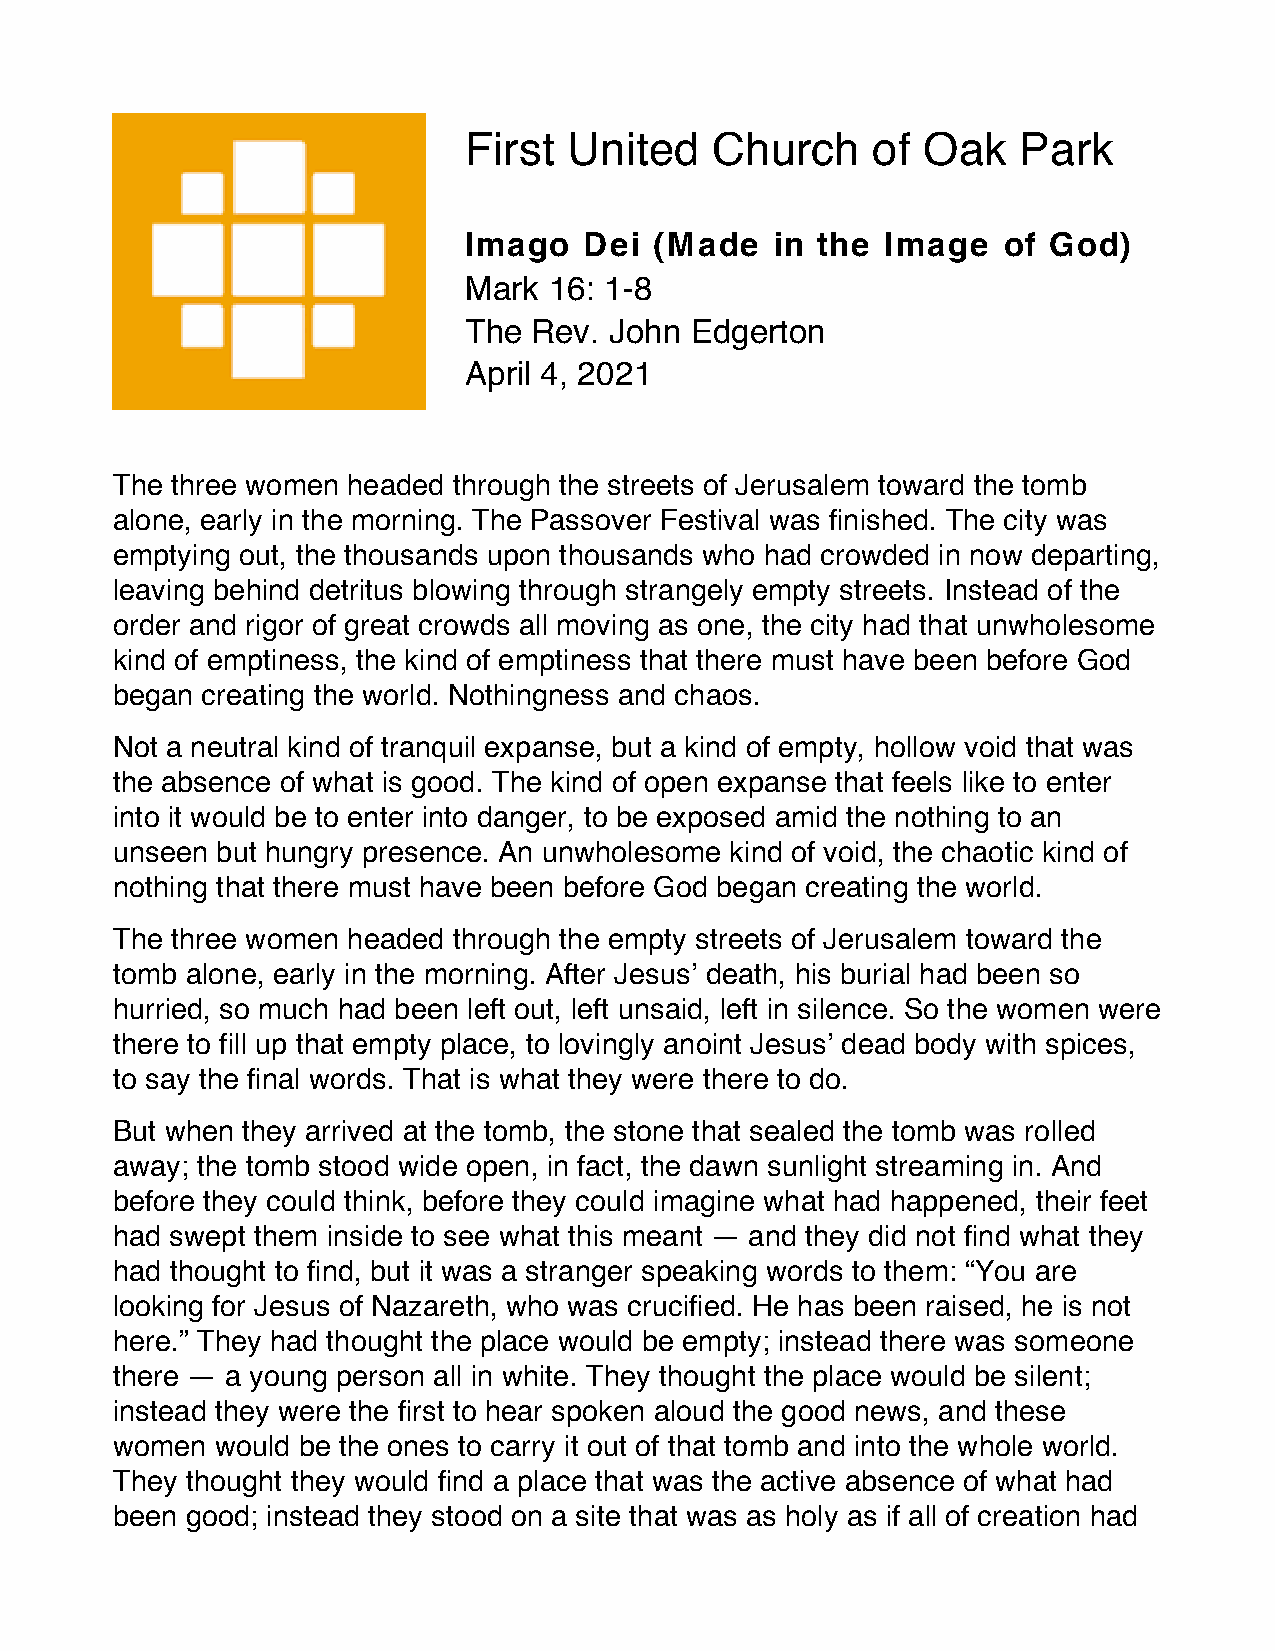
First  United   Church     of Oak    Park
 Imago   Dei (Made   in the  Image  of God)
 Mark 16: 1-8
 The Rev. John  Edgerton
 April 4, 2021
 The three women headed through the streets of Jerusalem toward the tomb
 alone, early in the morning. The Passover Festival was finished. The city was
 emptying out, the thousands upon thousands who had crowded in now departing,
 leaving behind detritus blowing through strangely empty streets. Instead of the
 order and rigor of great crowds all moving as one, the city had that unwholesome
 kind of emptiness, the kind of emptiness that there must have been before God
 began creating the world. Nothingness and chaos.
 Not a neutral kind of tranquil expanse, but a kind of empty, hollow void that was
 the absence of what is good. The kind of open expanse that feels like to enter
 into it would be to enter into danger, to be exposed amid the nothing to an
 unseen but hungry presence. An unwholesome kind of void, the chaotic kind of
 nothing that there must have been before God began creating the world.
 The three women headed through the empty streets of Jerusalem toward the
 tomb alone, early in the morning. After Jesus’ death, his burial had been so
 hurried, so much had been left out, left unsaid, left in silence. So the women were
 there to fill up that empty place, to lovingly anoint Jesus’ dead body with spices,
 to say the final words. That is what they were there to do.
 But when they arrived at the tomb, the stone that sealed the tomb was rolled
 away; the tomb stood wide open, in fact, the dawn sunlight streaming in. And
 before they could think, before they could imagine what had happened, their feet
 had swept them inside to see what this meant — and they did not find what they
 had thought to find, but it was a stranger speaking words to them: “You are
 looking for Jesus of Nazareth, who was crucified. He has been raised, he is not
 here.” They had thought the place would be empty; instead there was someone
 there — a young person all in white. They thought the place would be silent;
 instead they were the first to hear spoken aloud the good news, and these
 women  would be the ones to carry it out of that tomb and into the whole world.
 They thought they would find a place that was the active absence of what had
 been good; instead they stood on a site that was as holy as if all of creation had